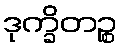
ဒုက္ခိတဉ္စ